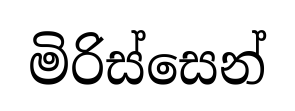
මිරිස්සෙන්